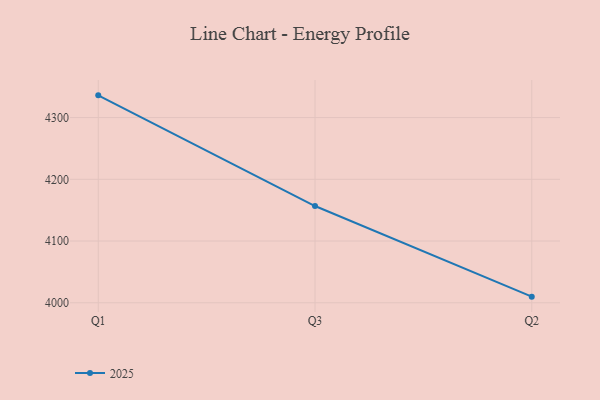
{"axis": {"x": "Quarter", "y": "Customer Acquisition Cost (USD)"}, "legend": ["2025"], "data": [{"x": "Q1", "y": 4336.0, "type": "2025"}, {"x": "Q3", "y": 4156.7, "type": "2025"}, {"x": "Q2", "y": 4009.9, "type": "2025"}]}